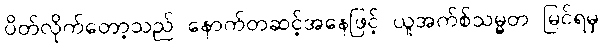
ပိတ်လိုက်တော့သည် နောက်တဆင့်အနေဖြင့် ယူအက်စ်သမ္မတ မြင်ရမှ